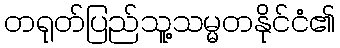
တရုတ်ပြည်သူ့သမ္မတနိုင်ငံ၏